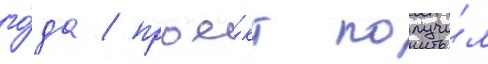
го́да / прое́кт получи́л